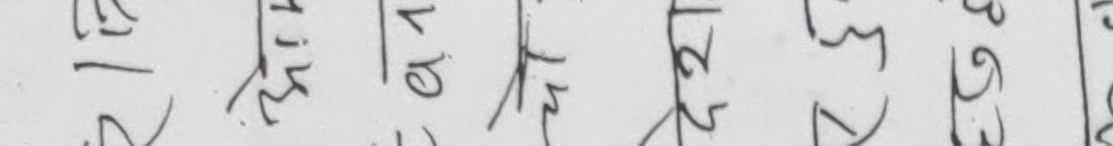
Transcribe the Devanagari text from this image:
२ १६ ९ १९ १० १४ १२ १२ ५ २३ ३ ६३ २५ २०